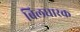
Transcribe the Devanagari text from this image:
बिलधारक